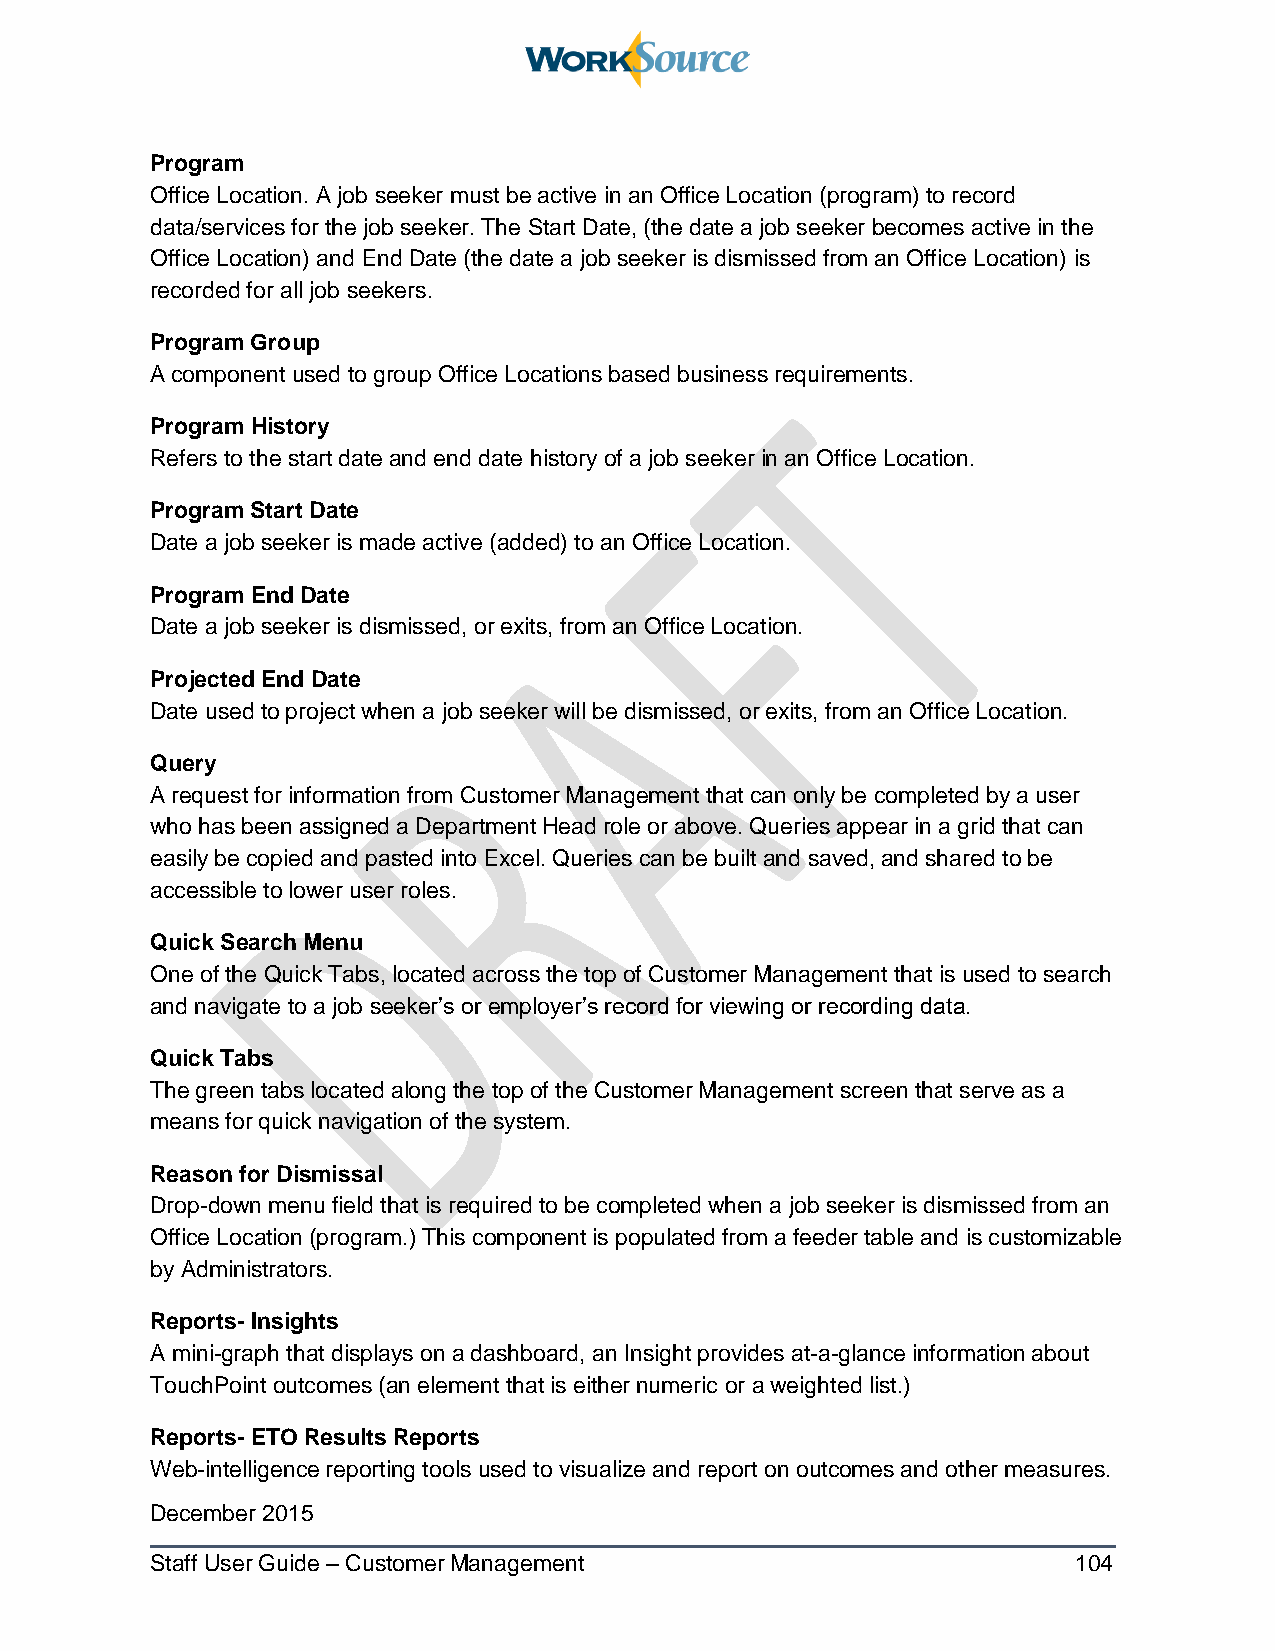
Program
 Office Location. A job seeker must be active in an Office Location (program) to record
 data/services for the job seeker. The Start Date, (the date a job seeker becomes active in the
 Office Location) and End Date (the date a job seeker is dismissed from an Office Location) is
 recorded for all job seekers.
 Program Group
 A component used to group Office Locations based business requirements.
 Program History
 Refers to the start date and end date history of a job seeker in an Office Location.
 Program Start Date
 Date a job seeker is made active (added) to an Office Location.
 Program End Date
 Date a job seeker is dismissed, or exits, from an Office Location.
 Projected End Date
 Date used to project when a job seeker will be dismissed, or exits, from an Office Location.
 Query
 A request for information from Customer Management that can only be completed by a user
 who has been assigned a Department Head role or above. Queries appear in a grid that can
 easily be copied and pasted into Excel. Queries can be built and saved, and shared to be
 accessible to lower user roles.
 Quick Search Menu
 One of the Quick Tabs, located across the top of Customer Management that is used to search
 and navigate to a job seeker’s or employer’s record for viewing or recording data.
 Quick Tabs
 The green tabs located along the top of the Customer Management screen that serve as a
 means for quick navigation of the system.
 Reason for Dismissal
 Drop-down menu field that is required to be completed when a job seeker is dismissed from an
 Office Location (program.) This component is populated from a feeder table and is customizable
 by Administrators.
 Reports- Insights
 A mini-graph that displays on a dashboard, an Insight provides at-a-glance information about
 TouchPoint outcomes (an element that is either numeric or a weighted list.)
 Reports- ETO Results Reports
 Web-intelligence reporting tools used to visualize and report on outcomes and other measures.
 December 2015
 Staff User Guide – Customer Management                       104